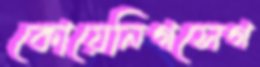
কোয়েনিগসেগ